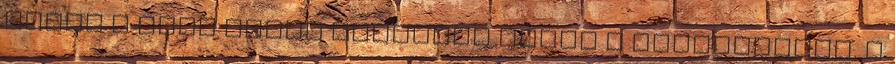
amely a test finom energiái közül a legtisztább. A